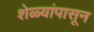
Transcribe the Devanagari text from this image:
शेळ्यांपासून